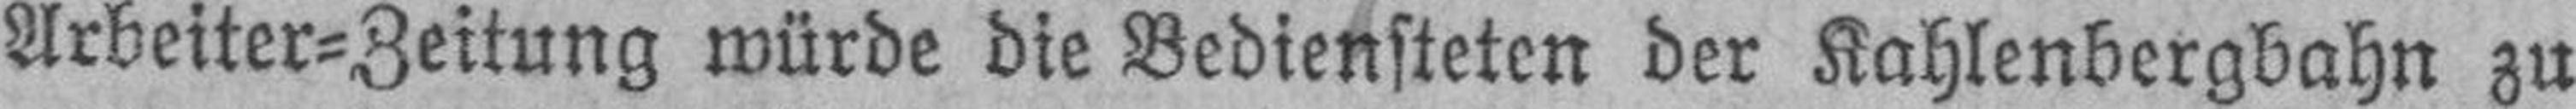
Arbeiter=Zeitung würde die Bediensteten der Kahlenbergbahn zu